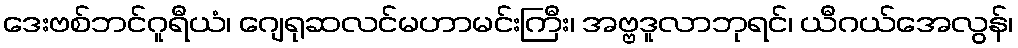
ဒေးဗစ်ဘင်ဂူရီယံ၊ ဂျေရုဆလင်မဟာမင်းကြီး၊ အဗ္ဗဒူလာဘုရင်၊ ယီဂယ်အေလွန်၊